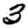
Digit: 3